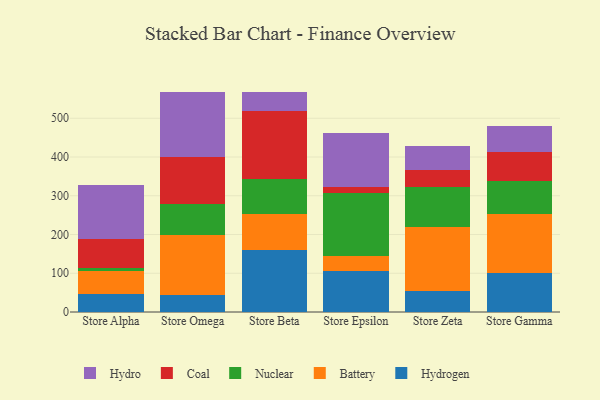
{"axis": {"x": "Store", "y": "Budget (USD K)"}, "legend": ["Battery", "Coal", "Hydro", "Hydrogen", "Nuclear"], "data": [{"x": "Store Alpha", "y": 45.6, "type": "Hydrogen"}, {"x": "Store Alpha", "y": 59.8, "type": "Battery"}, {"x": "Store Alpha", "y": 9.4, "type": "Nuclear"}, {"x": "Store Alpha", "y": 73.1, "type": "Coal"}, {"x": "Store Alpha", "y": 140.0, "type": "Hydro"}, {"x": "Store Omega", "y": 44.8, "type": "Hydrogen"}, {"x": "Store Omega", "y": 155.2, "type": "Battery"}, {"x": "Store Omega", "y": 78.8, "type": "Nuclear"}, {"x": "Store Omega", "y": 122.2, "type": "Coal"}, {"x": "Store Omega", "y": 167.1, "type": "Hydro"}, {"x": "Store Beta", "y": 159.2, "type": "Hydrogen"}, {"x": "Store Beta", "y": 92.8, "type": "Battery"}, {"x": "Store Beta", "y": 92.3, "type": "Nuclear"}, {"x": "Store Beta", "y": 175.0, "type": "Coal"}, {"x": "Store Beta", "y": 49.6, "type": "Hydro"}, {"x": "Store Epsilon", "y": 105.8, "type": "Hydrogen"}, {"x": "Store Epsilon", "y": 38.6, "type": "Battery"}, {"x": "Store Epsilon", "y": 163.4, "type": "Nuclear"}, {"x": "Store Epsilon", "y": 15.7, "type": "Coal"}, {"x": "Store Epsilon", "y": 138.6, "type": "Hydro"}, {"x": "Store Zeta", "y": 53.2, "type": "Hydrogen"}, {"x": "Store Zeta", "y": 166.7, "type": "Battery"}, {"x": "Store Zeta", "y": 103.9, "type": "Nuclear"}, {"x": "Store Zeta", "y": 44.0, "type": "Coal"}, {"x": "Store Zeta", "y": 59.7, "type": "Hydro"}, {"x": "Store Gamma", "y": 101.9, "type": "Hydrogen"}, {"x": "Store Gamma", "y": 151.4, "type": "Battery"}, {"x": "Store Gamma", "y": 86.0, "type": "Nuclear"}, {"x": "Store Gamma", "y": 74.6, "type": "Coal"}, {"x": "Store Gamma", "y": 65.3, "type": "Hydro"}]}